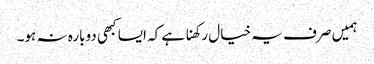
ہمیں صرف یہ خیال رکھنا ہے کہ ایسا کبھی دوبارہ نہ ہو۔